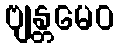
ဗျန္တမေဝ